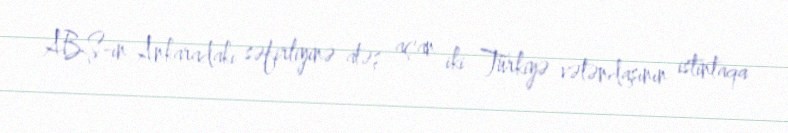
ABŞ-ın Ankaradakı səfirliyinə atəş açan iki Türkiyə vətəndaşının istintaqa